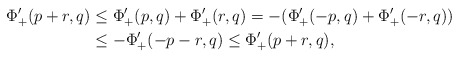
\begin{align*} \Phi_+'(p+r,q) &\leq \Phi_+'(p,q) + \Phi_+'(r,q) = -(\Phi_+'(-p,q) + \Phi_+'(-r,q))\\ &\leq -\Phi_+'(-p-r,q) \leq \Phi_+'(p+r,q),\end{align*}